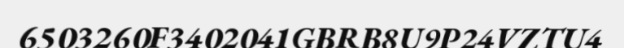
6503260F3402041GBRB8U9P24VZTU4